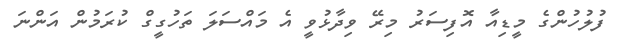
ފުލުހުންގެ މީޑިއާ އޮފިސަރު މިރޭ ވިދާޅުވީ އެ މައްސަލަ ތަހުގީގް ކުރަމުން އަންނަ